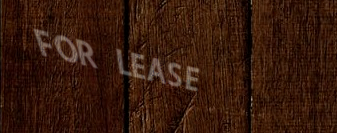
FOR LEASE